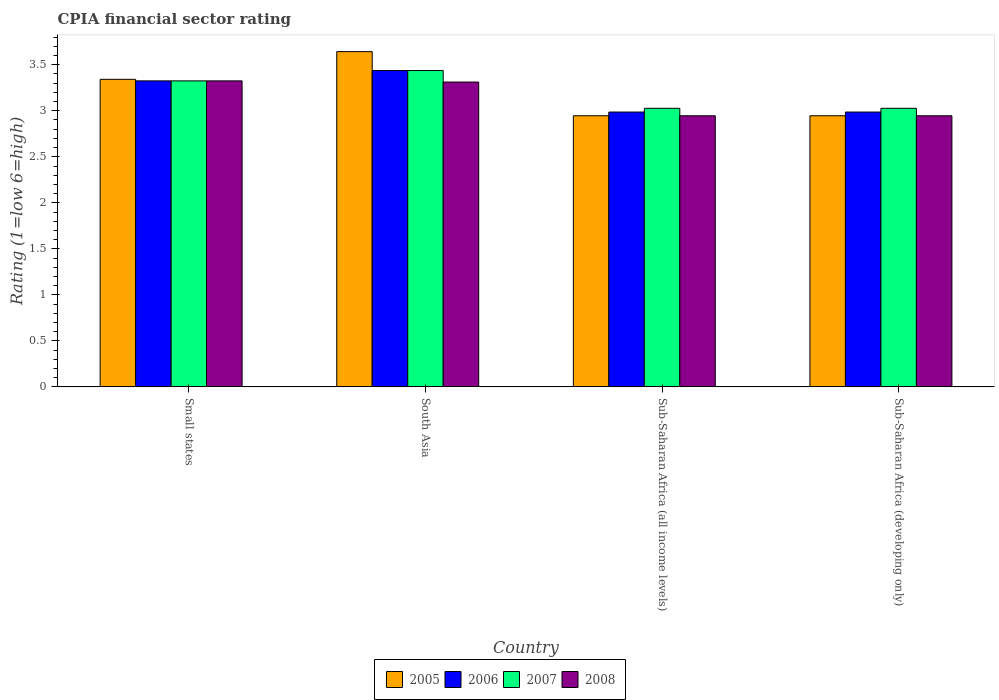
| Country | 2005 | 2006 | 2007 | 2008 |
 | --- | --- | --- | --- | --- |
 | Small states | 3.34 | 3.33 | 3.33 | 3.33 |
 | South Asia | 3.64 | 3.44 | 3.44 | 3.31 |
 | Sub-Saharan Africa (all income levels) | 2.95 | 2.99 | 3.03 | 2.95 |
 | Sub-Saharan Africa (developing only) | 2.95 | 2.99 | 3.03 | 2.95 |